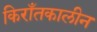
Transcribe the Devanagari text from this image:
किराँतकालीन